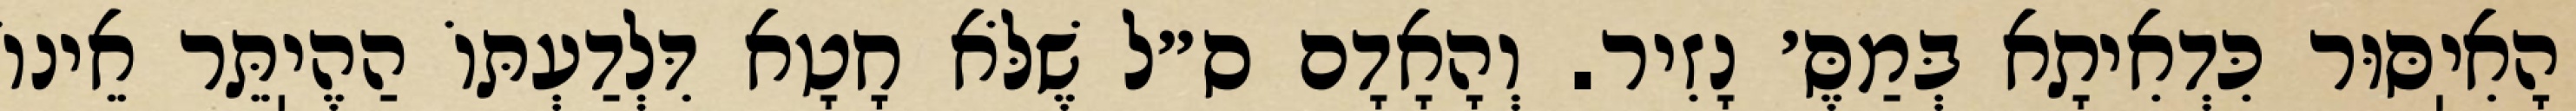
הָאִיֽסּוּר כִּדְאִיתָא בְּמַסֶּ׳ נָזִיר. וְהָאָדָם ס״ל שֶׁלֹּא חָטָא דִּלְדַעְתּוֹ הַהֶיֽתֵּר אֵינוֹ